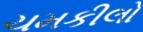
ચમકીલો